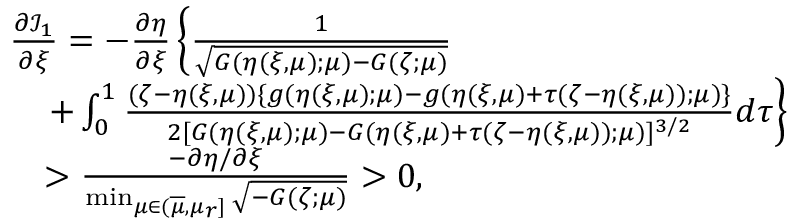
\begin{array} { r l } & { \frac { \partial { \mathcal I } _ { 1 } } { \partial \xi } = - \frac { \partial \eta } { \partial \xi } \left\{ \frac { 1 } { \sqrt { G ( \eta ( \xi , \mu ) ; \mu ) - G ( \zeta ; \mu ) } } \right. } \\ & { \quad \left. + \int _ { 0 } ^ { 1 } \frac { ( \zeta - \eta ( \xi , \mu ) ) \{ g ( \eta ( \xi , \mu ) ; \mu ) - g ( \eta ( \xi , \mu ) + \tau ( \zeta - \eta ( \xi , \mu ) ) ; \mu ) \} } { 2 [ G ( \eta ( \xi , \mu ) ; \mu ) - G ( \eta ( \xi , \mu ) + \tau ( \zeta - \eta ( \xi , \mu ) ) ; \mu ) ] ^ { 3 / 2 } } d \tau \right\} } \\ & { \quad > \frac { - \partial \eta / \partial \xi } { \operatorname* { m i n } _ { \mu \in ( \overline { { \mu } } , \mu _ { r } ] } \sqrt { - G ( \zeta ; \mu ) } } > 0 , } \end{array}